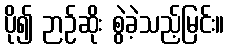
ပို၍ ဉာဉ်ဆိုး စွဲခဲ့သည့်မြင်း။